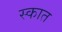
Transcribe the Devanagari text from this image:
स्कात